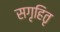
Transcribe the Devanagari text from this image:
सगृहितृ